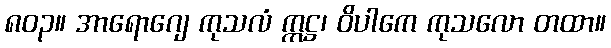
၈၀၃။ အာရောဂျေ ကုသလံ ဣဋ္ဌ၊ ဝိပါကေ ကုသလော တထာ။